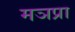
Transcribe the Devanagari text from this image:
मञप्रा